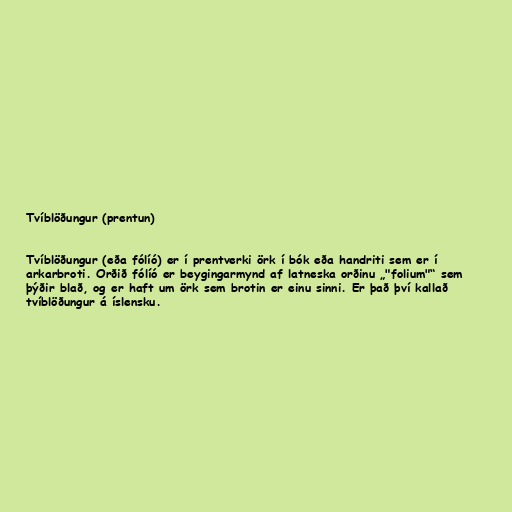
Tvíblöðungur (prentun)

Tvíblöðungur (eða fólíó) er í prentverki örk í bók eða handriti sem er í
arkarbroti. Orðið fólíó er beygingarmynd af latneska orðinu „"folium"“ sem
þýðir blað, og er haft um örk sem brotin er einu sinni. Er það því kallað
tvíblöðungur á íslensku.